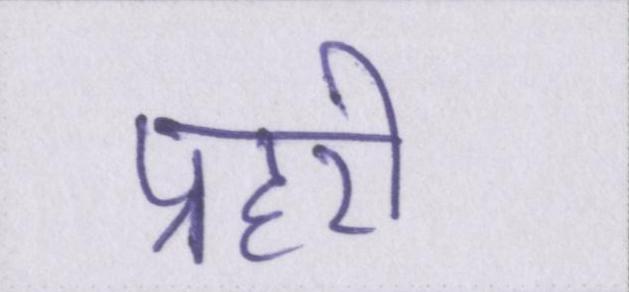
प्रहरी